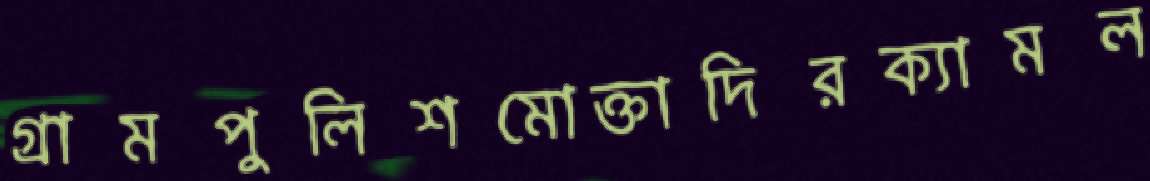
গ্রামপুলিশমোক্তাদিরক্যামল